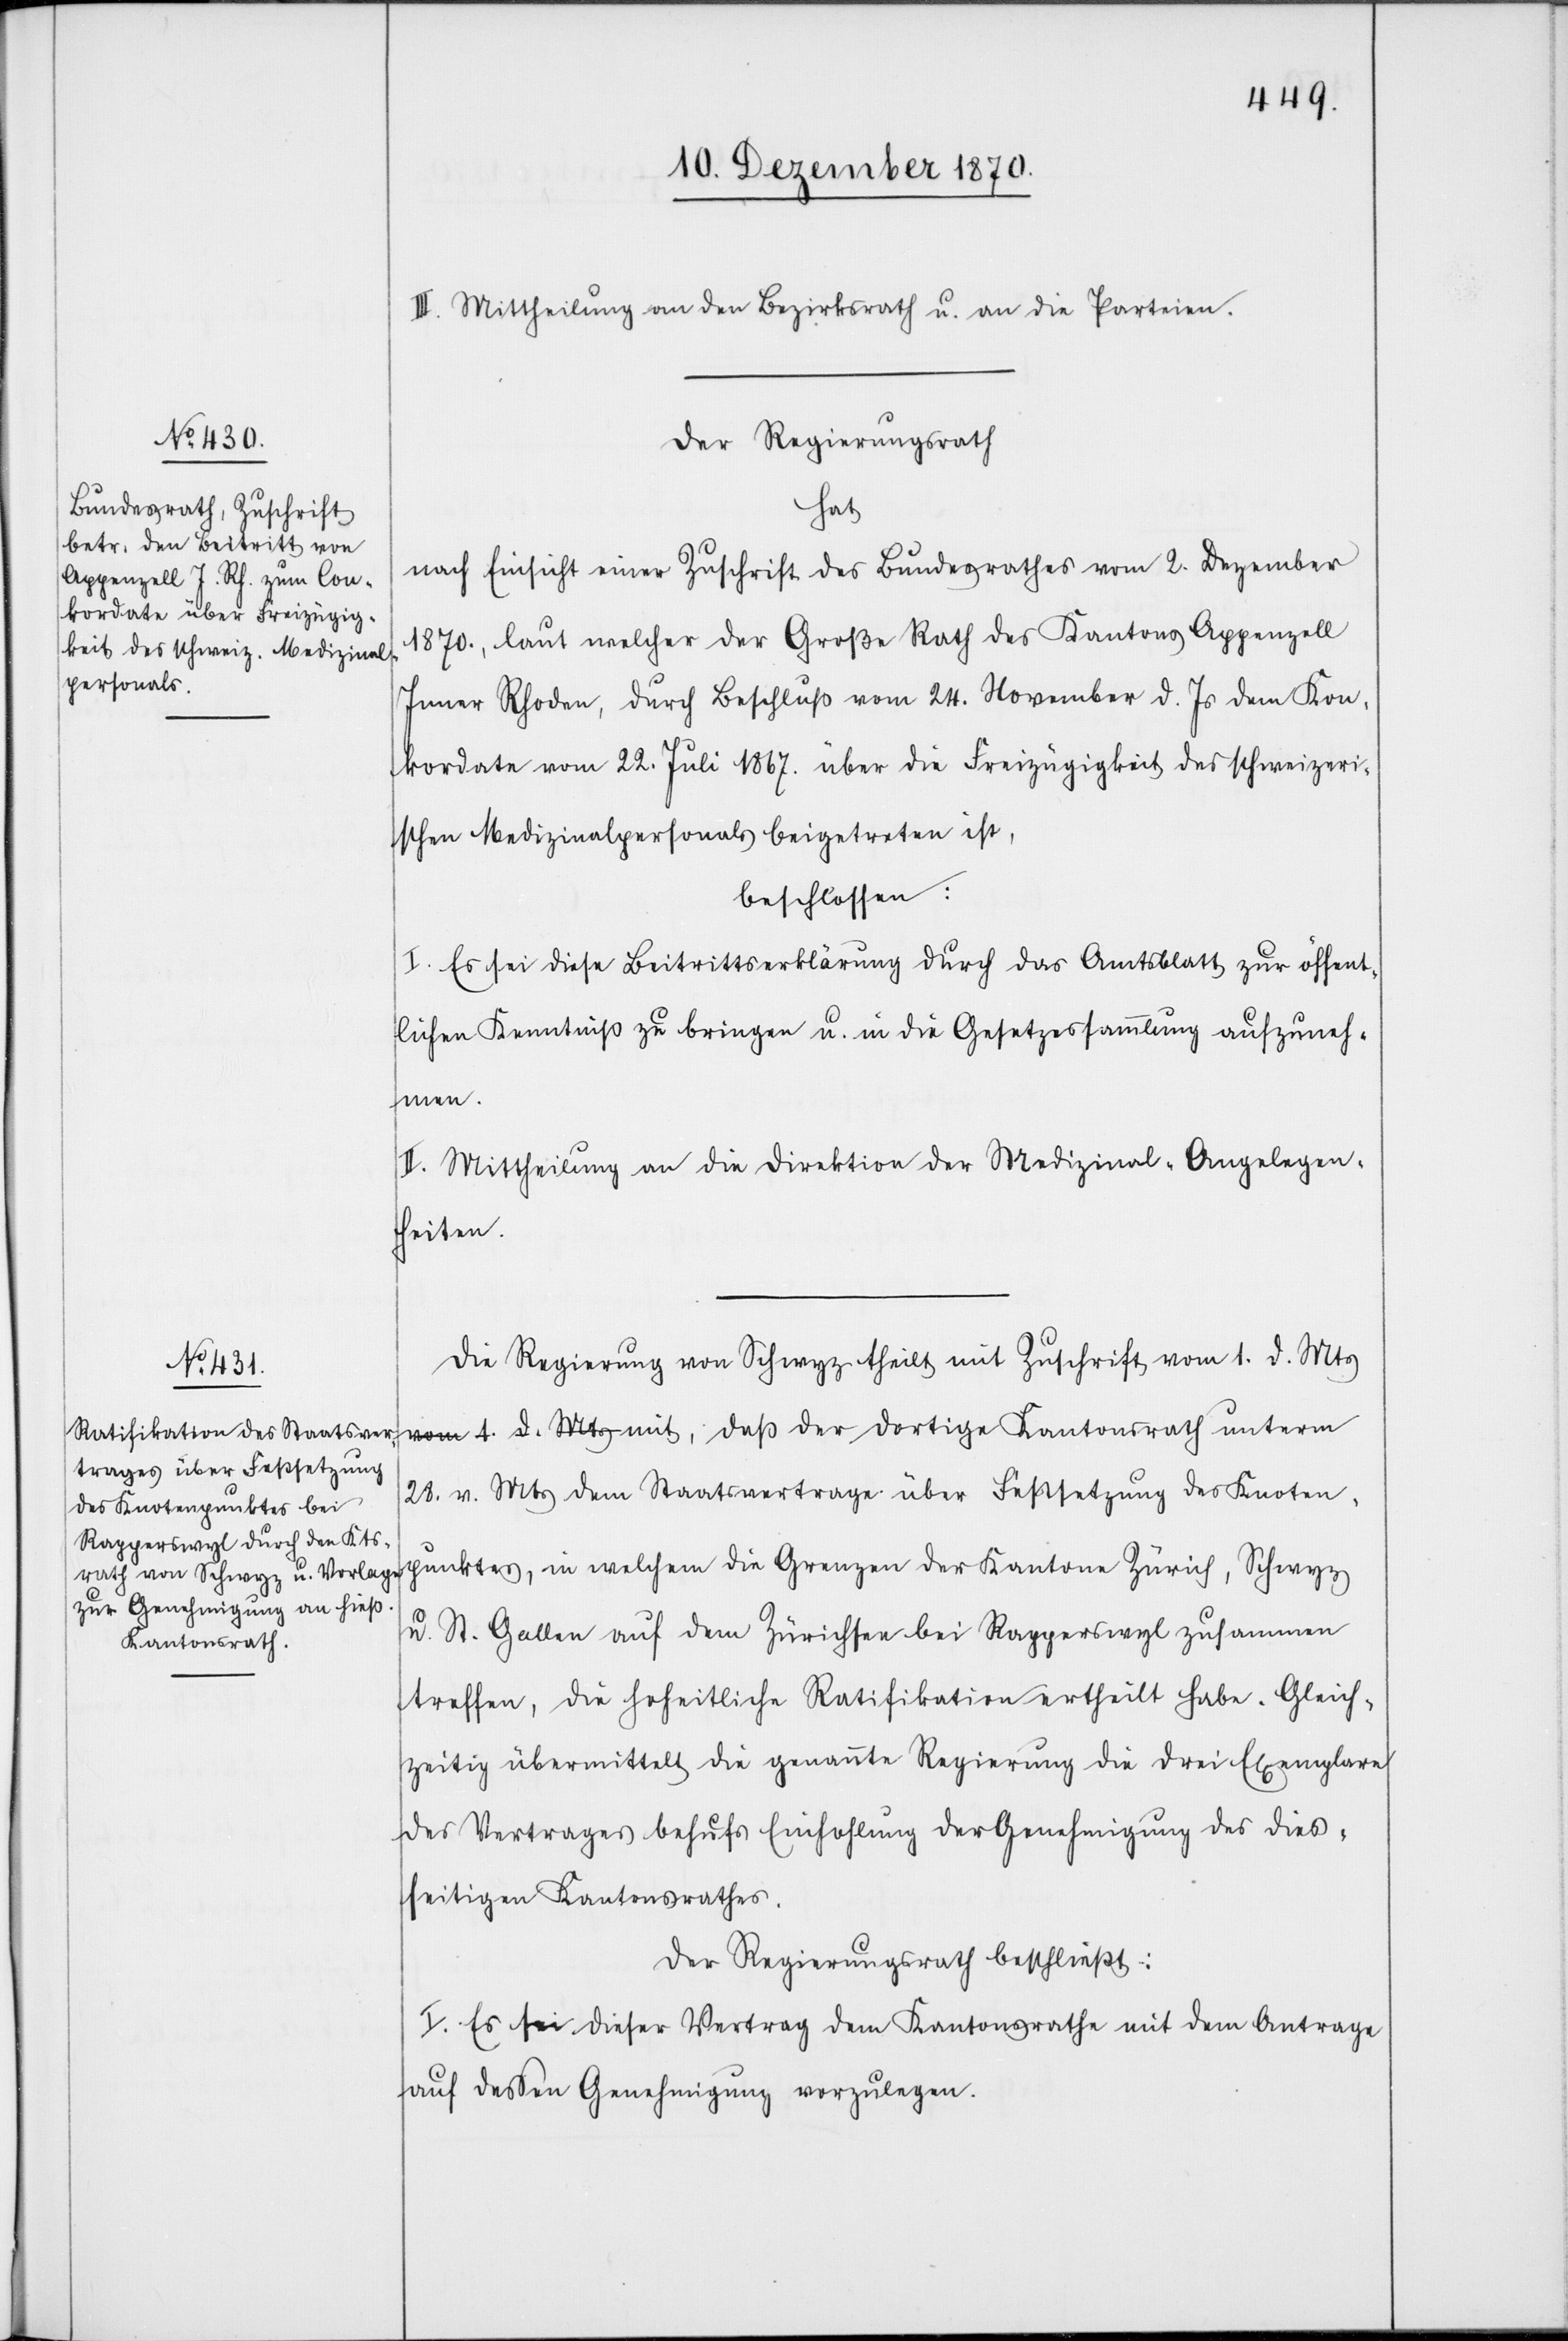
III. Mittheilung an den Bezirksrath u. an die Parteien.
Der Regierungsrath
hat
nach Einsicht einer Zuschrift des Bundesrathes vom 2. Dezember
1870., laut welcher der Große Rath des Kantons Appenzell
Inner Rhoden, durch Beschluß vom 24. November d. Js. dem Kon¬
kordate vom 22. Juli 1867. über die Freizügigkeit des schweizeri¬
schen Medizinalpersonals beigetreten ist,
beschlossen:
I. Es sei diese Beitrittserklärung durch das Amtsblatt zur öffent¬
lichen Kenntniß zu bringen u. in die Gesetzessammlung aufzuneh¬
men.
II. Mittheilung an die Direktion der Medizinal-Angelegen¬
heiten.
Die Regierung von Schwyz theilt mit Zuschrift vom 1. d. Mts
a-vom 1. d. Mts-a mit, daß der dortige Kantonsrath unterm
28. v. Mts dem Staatsvertrage über Festsetzung des Knoten¬
punktes, in welchem die Grenzen der Kantone Zürich, Schwyz
u. St. Gallen auf dem Zürichsee bei Rapperswyl zusammen
treffen, die hoheitliche Ratifikation ertheilt habe. Gleich¬
zeitig übermittelt die genannte Regierung die drei Exemplare
des Vertrages behufs Einholung der Genehmigung des dies¬
seitigen Kantonsrathes.
Der Regierungsrath beschließt:
I. Es sei dieser Vertrag dem Kantonsrathe mit dem Antrage
auf deßen Genehmigung vorzulegen.